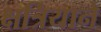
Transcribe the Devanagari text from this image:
क्षत्रियाने